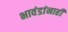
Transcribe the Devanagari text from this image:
भावंडांनाही